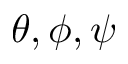
\theta , \phi , \psi